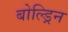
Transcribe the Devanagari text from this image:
बोल्ड्रिन